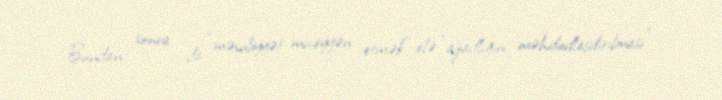
Bundan sonra da “məsuliyyət müəyyən etmək” elə “azadlığın məhdudlaşdırılması”